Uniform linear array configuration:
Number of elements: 64
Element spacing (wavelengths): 0.75
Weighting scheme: hann
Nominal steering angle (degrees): -60
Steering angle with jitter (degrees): -58.645
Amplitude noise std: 0.05
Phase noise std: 0.05

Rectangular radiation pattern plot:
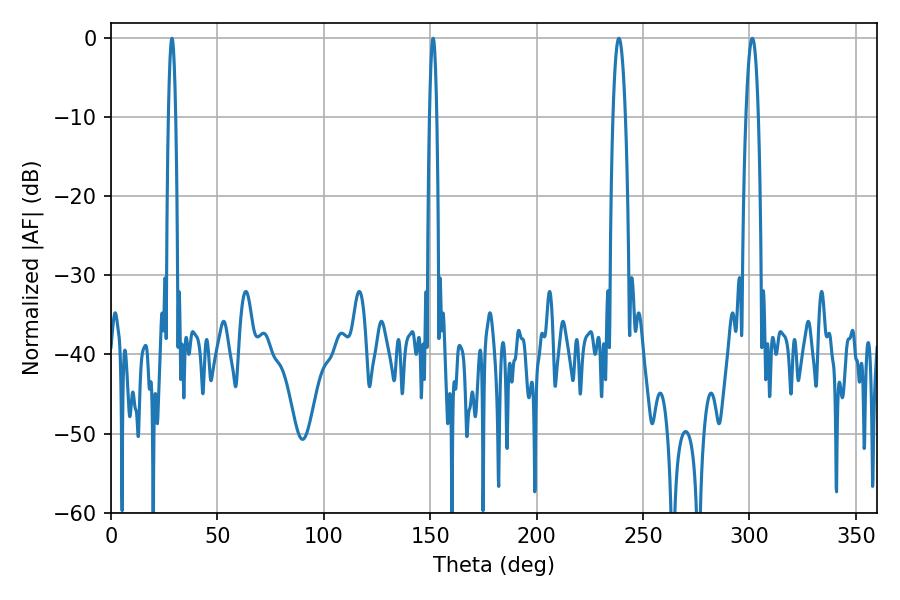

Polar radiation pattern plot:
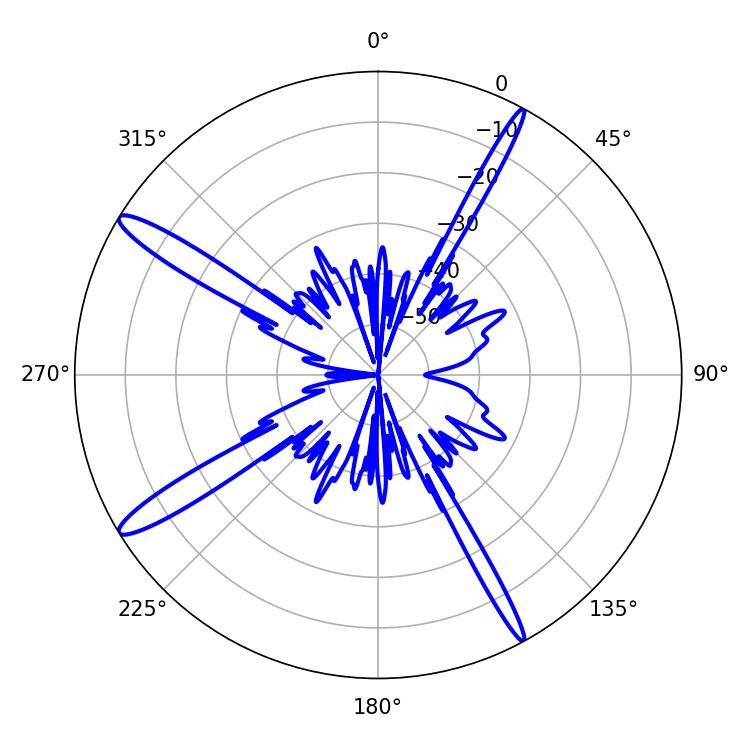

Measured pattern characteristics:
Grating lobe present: TRUE
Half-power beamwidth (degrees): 3.24
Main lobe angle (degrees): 301.32